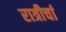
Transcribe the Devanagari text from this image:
रात्रीचां